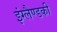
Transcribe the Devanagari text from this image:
इंग्लैण्डकी